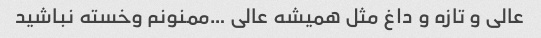
عالی و تازه و داغ مثل همیشه عالی …ممنونم وخسته نباشید